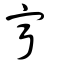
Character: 寧